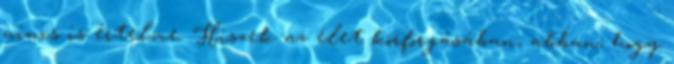
nincs is értelme. Hiszek az élet körforgásában, abban, hogy